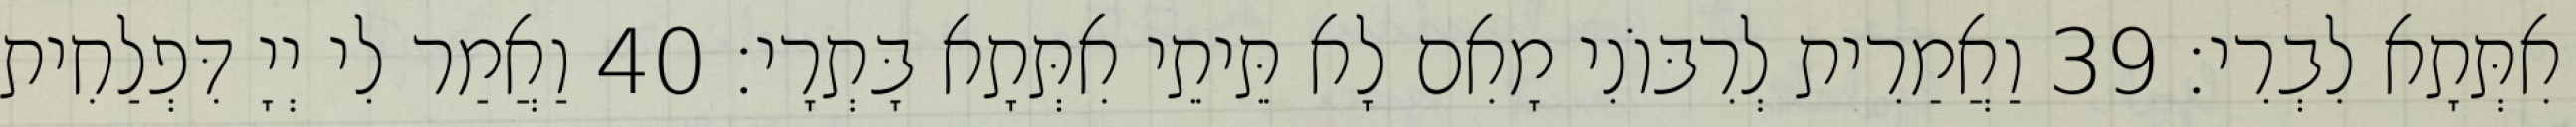
אִתְּתָא לִבְרִי׃ 39 וַאֲמַרִית לְרִבּוֹנִי מָאִם לָא תֵּיתֵי אִתְּתָא בָּתְרָי׃ 40 וַאֲמַר לִי יְיָ דִּפְלַחִית